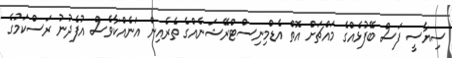
ސިޔާސީ ފަސް ބޭފުޅެއްގެ މައްޗަށް އޮތް އެޑްމިނިސްޓްރޭޝަނެއްގެ ތެރެއިން އަނެއްކާވެސް އުފެދުނު ރަސްކަމުގެ